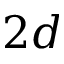
2 d